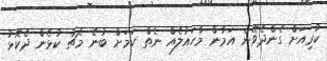
ކުރިއަށް ގެންދެވޭނެ އަމާން މާހައުލެއް ނެތް ކަމަށް ބުނެ މެޗު ކުޅެން ދެކޮޅު